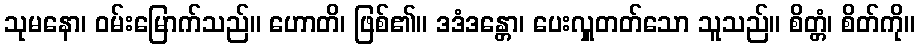
သုမနော၊ ဝမ်းမြောက်သည်။ ဟောတိ၊ ဖြစ်၏။ ဒဒံဒန္တော၊ ပေးလှူတတ်သော သူသည်။ စိတ္တံ၊ စိတ်ကို။